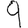
Digit: 9